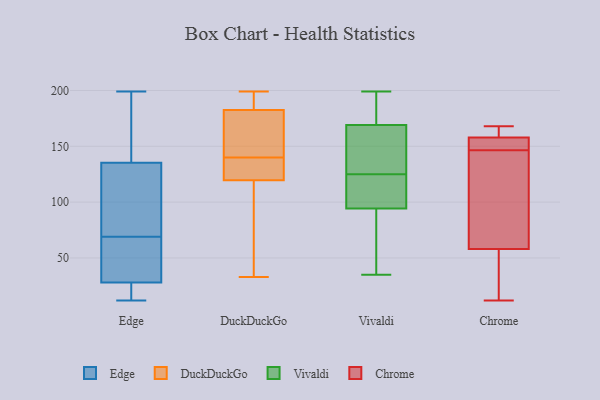
{"axis": {"x": "Active Users", "y": "Value"}, "legend": ["Chrome", "DuckDuckGo", "Edge", "Vivaldi"], "data": [{"x": "", "y": 40, "type": "Edge"}, {"x": "", "y": 73, "type": "Edge"}, {"x": "", "y": 69, "type": "Edge"}, {"x": "", "y": 127, "type": "Edge"}, {"x": "", "y": 162, "type": "Edge"}, {"x": "", "y": 199, "type": "Edge"}, {"x": "", "y": 31, "type": "Edge"}, {"x": "", "y": 28, "type": "Edge"}, {"x": "", "y": 12, "type": "Edge"}, {"x": "", "y": 28, "type": "Edge"}, {"x": "", "y": 118, "type": "Edge"}, {"x": "", "y": 22, "type": "Edge"}, {"x": "", "y": 160, "type": "Edge"}, {"x": "", "y": 153, "type": "DuckDuckGo"}, {"x": "", "y": 159, "type": "DuckDuckGo"}, {"x": "", "y": 33, "type": "DuckDuckGo"}, {"x": "", "y": 199, "type": "DuckDuckGo"}, {"x": "", "y": 140, "type": "DuckDuckGo"}, {"x": "", "y": 56, "type": "DuckDuckGo"}, {"x": "", "y": 97, "type": "DuckDuckGo"}, {"x": "", "y": 182, "type": "DuckDuckGo"}, {"x": "", "y": 184, "type": "DuckDuckGo"}, {"x": "", "y": 127, "type": "DuckDuckGo"}, {"x": "", "y": 185, "type": "DuckDuckGo"}, {"x": "", "y": 185, "type": "DuckDuckGo"}, {"x": "", "y": 128, "type": "DuckDuckGo"}, {"x": "", "y": 65, "type": "DuckDuckGo"}, {"x": "", "y": 144, "type": "DuckDuckGo"}, {"x": "", "y": 127, "type": "DuckDuckGo"}, {"x": "", "y": 135, "type": "DuckDuckGo"}, {"x": "", "y": 112, "type": "Vivaldi"}, {"x": "", "y": 49, "type": "Vivaldi"}, {"x": "", "y": 199, "type": "Vivaldi"}, {"x": "", "y": 171, "type": "Vivaldi"}, {"x": "", "y": 142, "type": "Vivaldi"}, {"x": "", "y": 95, "type": "Vivaldi"}, {"x": "", "y": 94, "type": "Vivaldi"}, {"x": "", "y": 125, "type": "Vivaldi"}, {"x": "", "y": 163, "type": "Vivaldi"}, {"x": "", "y": 35, "type": "Vivaldi"}, {"x": "", "y": 192, "type": "Vivaldi"}, {"x": "", "y": 137, "type": "Chrome"}, {"x": "", "y": 145, "type": "Chrome"}, {"x": "", "y": 12, "type": "Chrome"}, {"x": "", "y": 164, "type": "Chrome"}, {"x": "", "y": 154, "type": "Chrome"}, {"x": "", "y": 166, "type": "Chrome"}, {"x": "", "y": 152, "type": "Chrome"}, {"x": "", "y": 58, "type": "Chrome"}, {"x": "", "y": 168, "type": "Chrome"}, {"x": "", "y": 156, "type": "Chrome"}, {"x": "", "y": 97, "type": "Chrome"}, {"x": "", "y": 126, "type": "Chrome"}, {"x": "", "y": 27, "type": "Chrome"}, {"x": "", "y": 148, "type": "Chrome"}, {"x": "", "y": 158, "type": "Chrome"}, {"x": "", "y": 163, "type": "Chrome"}, {"x": "", "y": 49, "type": "Chrome"}, {"x": "", "y": 26, "type": "Chrome"}]}